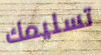
تسليمك